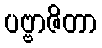
ပဗ္ဗာဇိတာ